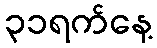
၃၁ရက်နေ့